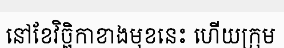
នៅខែវិច្ឆិកាខាងមុខនេះ ហើយក្រុម